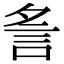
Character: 𧥧